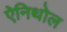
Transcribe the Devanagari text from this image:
ऐनिथोल